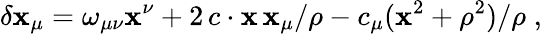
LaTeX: \delta\mathbf{x}_{\mu}=\omega_{\mu\nu}\mathbf{x}^{\nu}+2\, c\cdot\mathbf{x}\, \mathbf{x}_{\mu}/\rho-c_{\mu}(\mathbf{x}^{2}+\rho^{2})/\rho\; ,